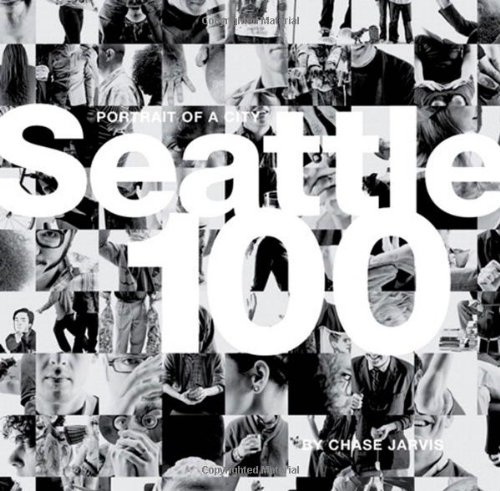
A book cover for Seattle 100: Portrait of a City (Voices That Matter); Chase Jarvis; Arts & Photography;